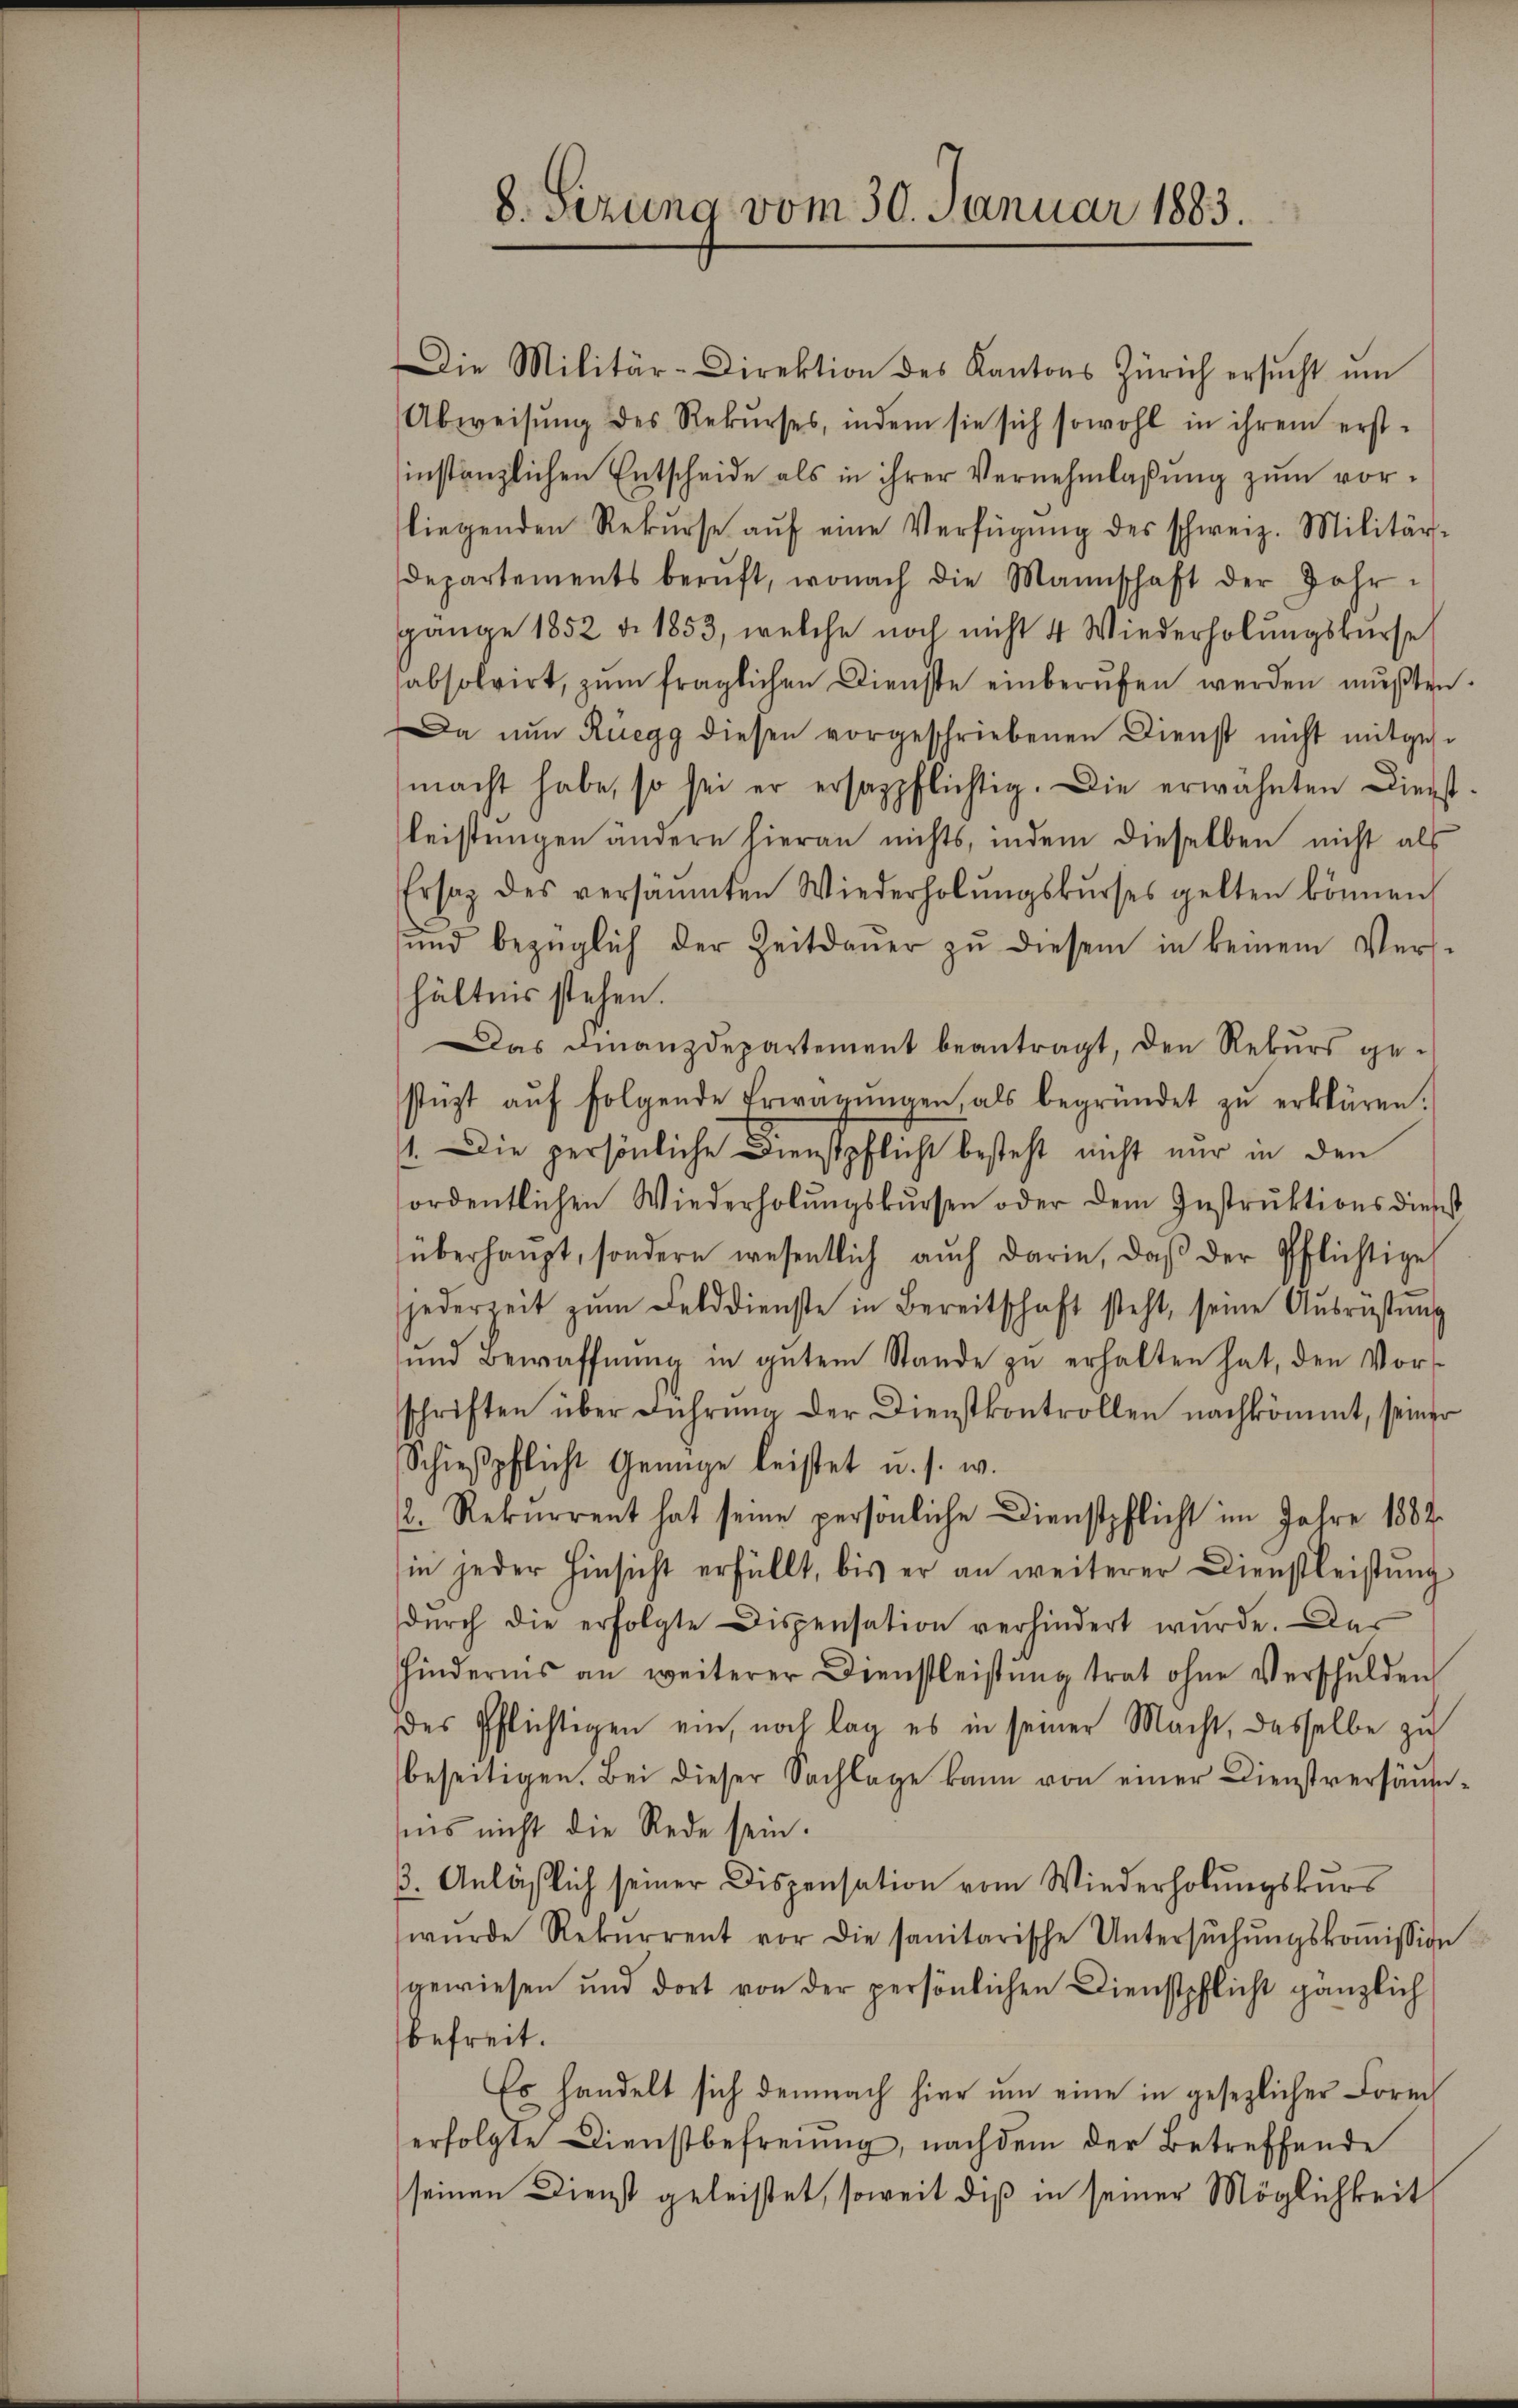
8. Sirung vom 30. Januar 1883.

Die Militär-Direktion des Kantons Zürich ersŭcht ŭm
Abweisŭng des Rekŭrses, indem sie sich sowohl in ihrem erst-
instanzlichen Entscheide als in ihrer Vernehmlassung zum vorliegenden Rekŭrse aŭf eine Verfügŭng des schweiz. Militär-
departements berŭft, wonach die Mannschaft der Jahr-
gange 1852 d. 1853, welche noch nicht 4 Wiederholungskurse
sabsolvirt, zum fraglichen Dienste einberufen werden mußten.
Da nun Rüegg diesen vorgeschriebenen Dienst nicht mitgese
macht habe, so sei er ersagpflichtig. Die erwähnten Dienst-
leistungen ändern hieran nichts, indem dieselben nicht als
Ersatz des versammten Wiederholŭngskŭrses gelten können
ŭnd bezüglich der Zeitdaŭer zŭ diesem in keinem Vers-
hältnis stehen.
Das Finanzdepartement beantragt, den Rekurs ge-
stüzt aŭf folgende Erwägŭngen, als begründet zŭ erklären.
1. Die persönliche Dienstpflicht besteht nicht nur in den
ordentlichen Wiederholŭngskŭrsen oder dem Instrŭktionsdienst
überhaupt, sondern wesentlich aŭch darin, daβ der Pflichtige
jederseit zŭm Felddienste in Bereitschaft steht, seine Aŭsrüstŭng
und Bewaffnŭng in gŭtem Stande zŭ erhalten hat, den Vor-
schriften über Führŭng der Dienstkontrollen nachkömmt, seiner
Schieβpflicht Genüge leistet u. s. w.
2. Rekurrent hat seine persönliche Dienstpflicht im Jahre 1882
in jeder Hinsicht erfüllt, bis er an weiterer Dienstleistung
durch die erfolgte Dispensation verhindert wurde. Das
hindernis an weiterer Dienstleistŭng trat ohne Verschulden
des Pflichtigen ein, noch lag es in seiner Macht, dasselbe zu
beseitigen. Bei dieser Sachlage kann von einer Dienstversäumnis nicht die Rede sein.
3. Anläßlich seiner Dispensation vom Wiederholungskurs
wŭrde Rekurrent vor die sanitarische Untersŭchŭngskoṁission
gewiesen und dort von der persönlichen Dienstpflicht gänzlich
befreit.
Es handelt sich demnach hier um eine in gesezlicher Form
erfolgte Dienstbefreiung, nachdem der Betreffende
seinen Dienst geleistet, soweit diß in seiner Möglichkeit